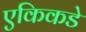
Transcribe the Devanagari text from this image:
एकिकडे